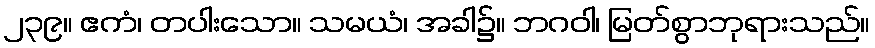
၂၃၉။ ဧကံ၊ တပါးသော။ သမယံ၊ အခါ၌။ ဘဂဝါ၊ မြတ်စွာဘုရားသည်။